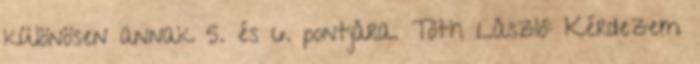
különösen annak 5. és 6. pontjára. Tóth László: Kérdezem